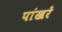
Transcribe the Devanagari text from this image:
पांखरें